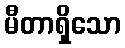
မီတာရှိသော